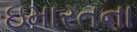
ઇમારતના